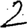
Digit: 2